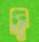
দ